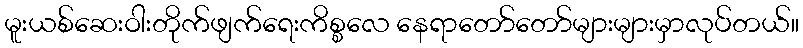
မူးယစ်ဆေးဝါးတိုက်ဖျက်ရေးကိစ္စလေ နေရာတော်တော်များများမှာလုပ်တယ်။